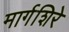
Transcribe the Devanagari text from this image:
मार्गशिरे